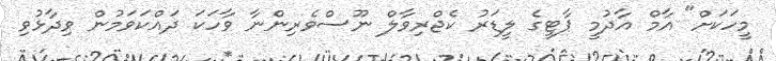
މީހަކަށް" އާމް އާދުމީ ޕާޓީގެ ލީޑަރު ކެޖްރިވާލް ނޫސްވެރިންނާ ވާހަކަ ދައްކަވަމުން ވިދާޅުވި